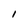
Character: l